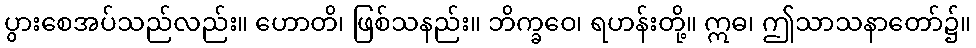
ပွားစေအပ်သည်လည်း။ ဟောတိ၊ ဖြစ်သနည်း။ ဘိက္ခဝေ၊ ရဟန်းတို့။ ဣဓ၊ ဤသာသနာတော်၌။